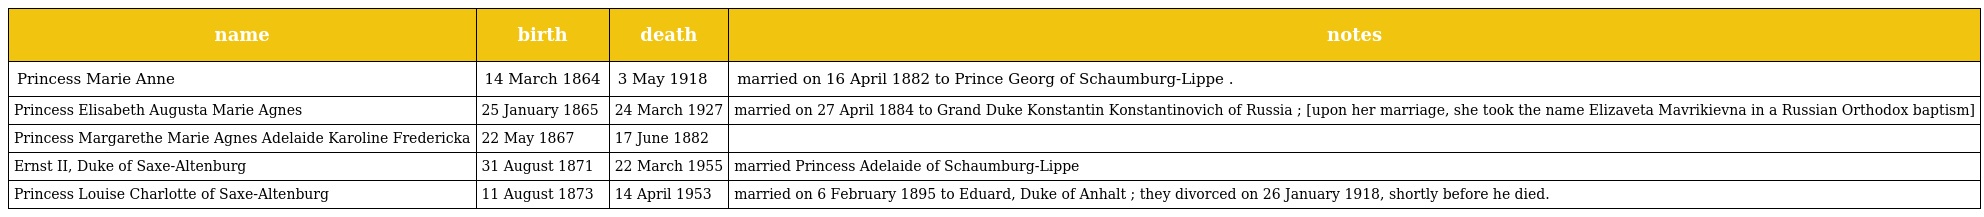
| name | birth | death | notes |
 | --- | --- | --- | --- |
 | Princess Marie Anne | 14 March 1864 | 3 May 1918 | married on 16 April 1882 to Prince Georg of Schaumburg-Lippe . |
 | Princess Elisabeth Augusta Marie Agnes | 25 January 1865 | 24 March 1927 | married on 27 April 1884 to Grand Duke Konstantin Konstantinovich of Russia ; [upon her marriage, she took the name Elizaveta Mavrikievna in a Russian Orthodox baptism] |
 | Princess Margarethe Marie Agnes Adelaide Karoline Fredericka | 22 May 1867 | 17 June 1882 |  |
 | Ernst II, Duke of Saxe-Altenburg | 31 August 1871 | 22 March 1955 | married Princess Adelaide of Schaumburg-Lippe |
 | Princess Louise Charlotte of Saxe-Altenburg | 11 August 1873 | 14 April 1953 | married on 6 February 1895 to Eduard, Duke of Anhalt ; they divorced on 26 January 1918, shortly before he died. |